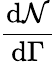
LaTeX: \frac{\mathrm{d}{\mathcal{N}}}{\mathrm{d}\Gamma}